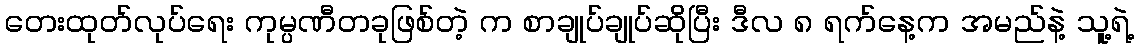
တေးထုတ်လုပ်ရေး ကုမ္ပဏီတခုဖြစ်တဲ့ က စာချုပ်ချုပ်ဆိုပြီး ဒီလ ၈ ရက်နေ့က အမည်နဲ့ သူ့ရဲ့